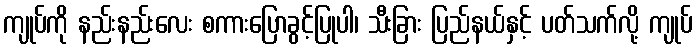
ကျုပ်ကို နည်းနည်းလေး စကားပြောခွင့်ပြုပါ၊ သီးခြား ပြည်နယ်နှင့် ပတ်သက်လို့ ကျုပ်